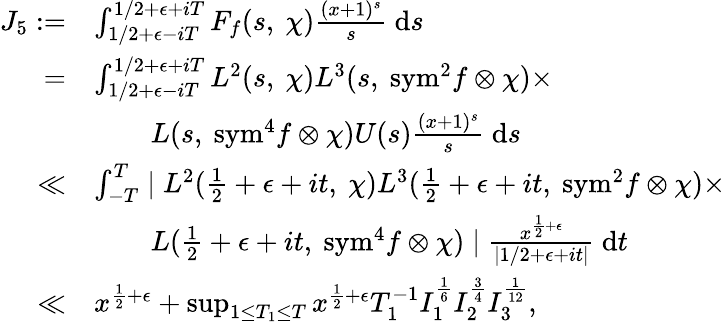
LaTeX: \begin{array}{rl}{J_{5}:=}&{\int_{1/2+\epsilon-iT}^{1/2+\epsilon+iT}F_{f}(s,\ \chi)\frac{(x+1)^{s}}{s}\ \mathrm{d}s}\\ {=}&{\int_{1/2+\epsilon-iT}^{1/2+\epsilon+iT}L^{2}(s,\ \chi)L^{3}(s,\ {\mathrm{sym}^{2}}f\otimes\chi)\times}\\ &{\qquad L(s,\ \mathrm{{sym}}^{4}f\otimes\chi)U(s)\frac{(x+1)^{s}}{s}\ \mathrm{d}s}\\ {\ll}&{\int_{-T}^{T}\mid L^{2}(\frac{1}{2}+\epsilon+it,\ \chi)L^{3}(\frac{1}{2}+\epsilon+it,\ {\mathrm{sym}}^{2}f\otimes\chi)\times}\\ &{\qquad L(\frac{1}{2}+\epsilon+it,\ {\mathrm{sym}}^{4}f\otimes\chi)\mid\frac{x^{\frac{1}{2}+\epsilon}}{\mid 1/2+\epsilon+it\mid}\ \mathrm{d}t}\\ {\ll}&{x^{\frac{1}{2}+\epsilon}+\operatorname*{sup}_{1\leq T_{1}\leq T}x^{\frac{1}{2}+\epsilon}T_{1}^{-1}I_{1}^{\frac{1}{6}}I_{2}^{\frac{3}{4}}I_{3}^{\frac{1}{12}},}\end{array}